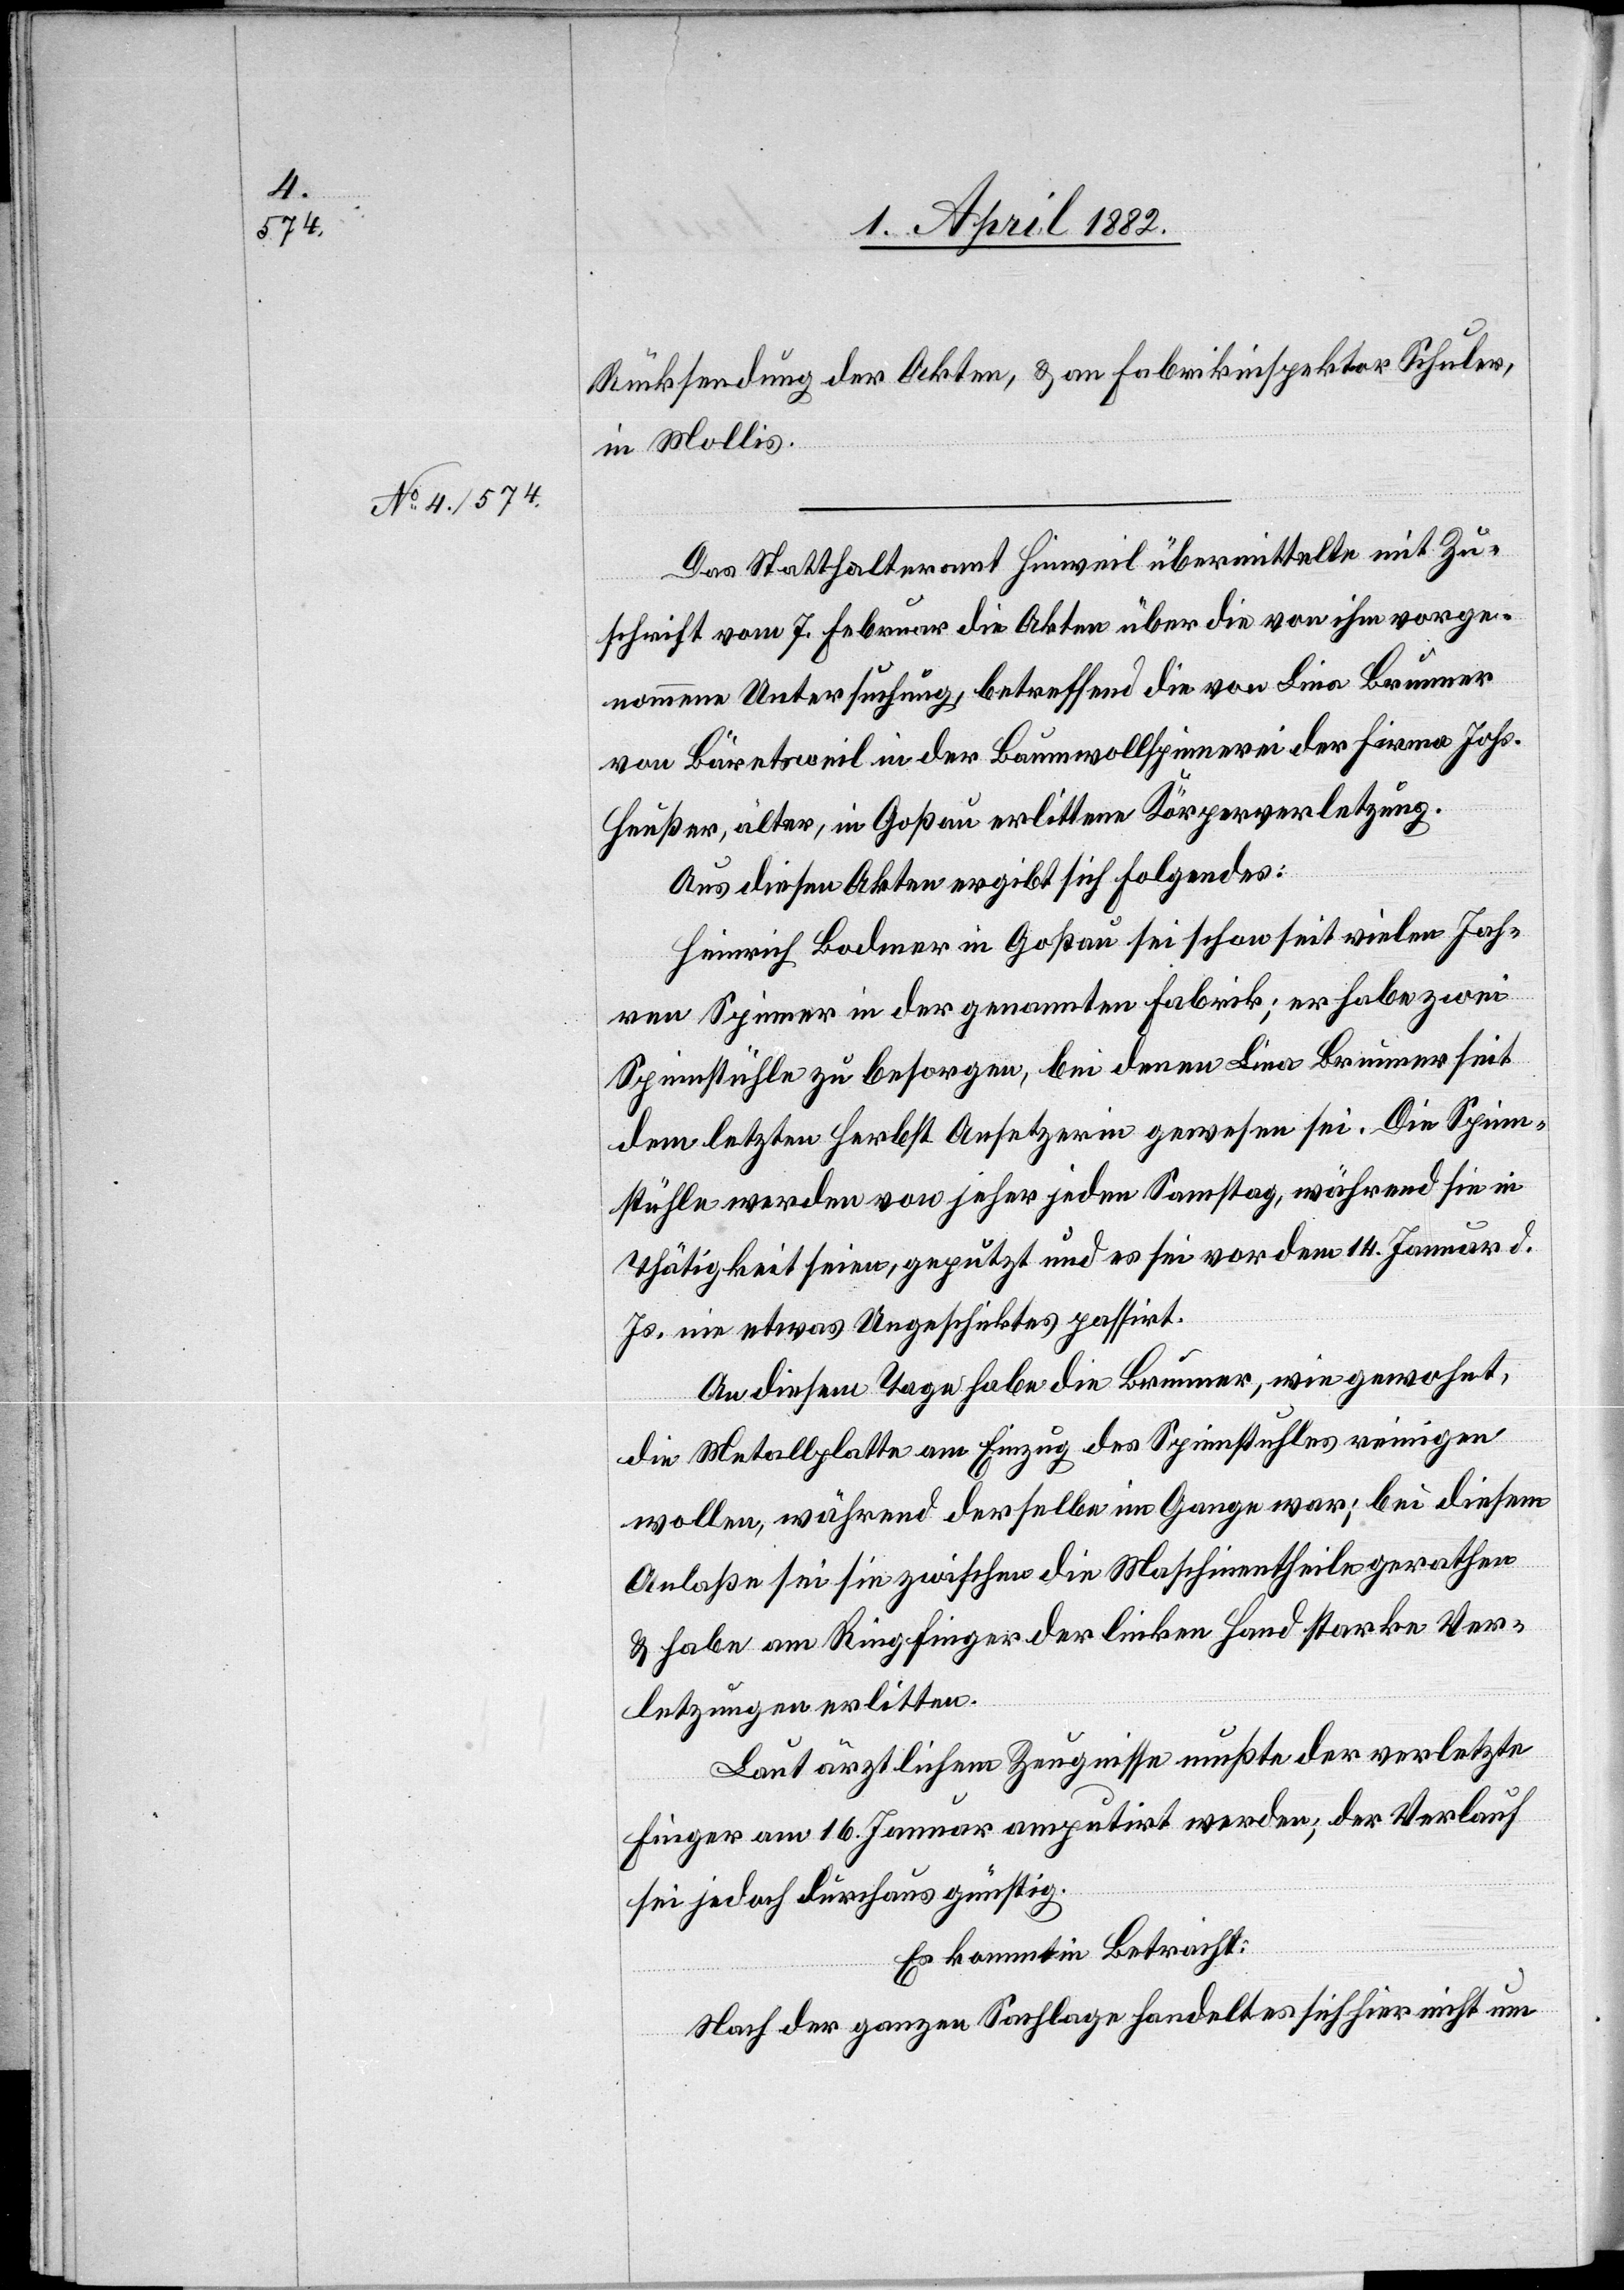
Rücksendung der Akten, & an Fabrikinspektor Schuler,
in Mollis.
Das Statthalteramt Hinweil übermittelte mit Zu¬
schrift vom 7. Februar die Akten über die von ihm vorge¬
nommene Untersuchung, betreffend die von Lina Brunner
von Bäretsweil in der Baumwollspinnerei der Firma Johs.
Heußer, älter, in Goßau erlittene Körperverletzung.
Aus diesen Akten ergibt sich Folgendes:
Heinrich Bodmer in Goßau sei schon seit vielen Jah¬
ren Spinner in der genannten Fabrik; er habe zwei
Spinnstühle zu besorgen, bei denen Lina Brunner seit
dem letzten Herbst Ansetzerin gewesen sei. Die Spinn¬
stühle werden von jeher jeden Samstag, während sie in
Thätigkeit seien, geputzt und es sei vor dem 14. Januar d.
Js. nie etwas Ungeschicktes passirt.
An diesem Tage habe die Brunner, wie gewohnt,
die Metallplatte am Einzug des Spinnstuhles reinigen
wollen, während derselbe im Gange war; bei diesem
Anlaße sei sie zwischen die Maschinentheile gerathen
& habe am Ringfinger der linken Hand starke Ver¬
letzungen erlitten.
Laut ärztlichem Zeugnisse mußte der verletzte
Finger am 16. Januar amputirt werden; der Verlauf
sei jedoch durchaus günstig.
Es kommt in Betracht:
Nach der ganzen Sachlage handelt es sich hier nicht um